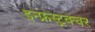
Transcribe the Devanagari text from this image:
इन्फ्रस्ट्रक्चर